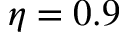
\eta = 0 . 9